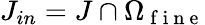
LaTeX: J_{in}=J\cap\Omega_{\mathrm{~f~i~n~e~}}